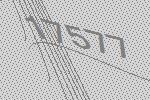
17577